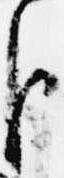
臣